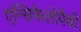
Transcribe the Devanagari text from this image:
एन्सिफेलोपैथी